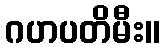
ဂဟပတိမီး။